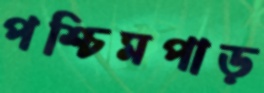
পশ্চিমপাড়